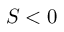
S < 0